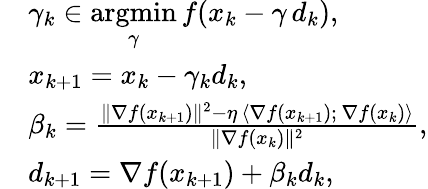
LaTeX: \begin{array}{rl}&{\gamma_{k}\in\underset{\gamma}{\mathrm{argmin}}\, f(x_{k}-\gamma\, d_{k}),}\\ &{x_{k+1}=x_{k}-\gamma_{k}d_{k},}\\ &{\beta_{k}=\frac{\| \nabla f(x_{k+1})\| ^{2}-\eta\, \left\langle\nabla f(x_{k+1});\, \nabla f(x_{k})\right\rangle}{\| \nabla f(x_{k})\| ^{2}},}\\ &{d_{k+1}=\nabla f(x_{k+1})+\beta_{k}d_{k},}\end{array}